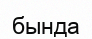
бында